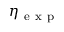
\eta _ { \mathrm { ~ e ~ x ~ p ~ } }